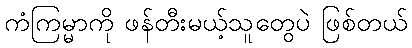
ကံကြမ္မာကို ဖန်တီးမယ့်သူတွေပဲ ဖြစ်တယ်